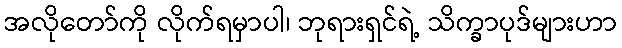
အလိုတော်ကို လိုက်ရမှာပါ၊ ဘုရားရှင်ရဲ့ သိက္ခာပုဒ်များဟာ